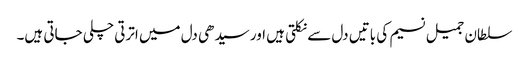
سلطان جمیل نسیم کی باتیں دل سے نکلتی ہیں اور سیدھی دل میں اترتی چلی جاتی ہیں۔